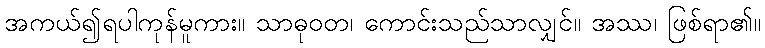
အကယ်၍ရပါကုန်မူကား။ သာဓုဝတ၊ ကောင်းသည်သာလျှင်။ အဿ၊ ဖြစ်ရာ၏။